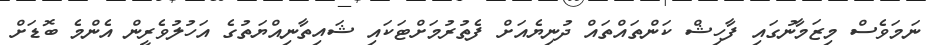
ނަމަވެސް މިޒަމާނުގައި ފާހިޝް ކަންތައްތައް ދުނިޔެއަށް ފެތުރުމަށްޓަކައި ޝައިތާނިއްޔަތުގެ އަހުލުވެރީން އެންމެ ބޮޑަށް